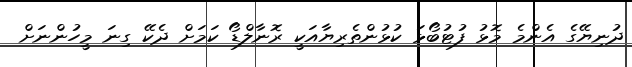
ދުނިޔޭގެ އެންމެ މޮޅު ފުޓުބޯޅަ ކުޅުންތެރިޔާއަކީ ރޮނާލްޑޯ ކަމަށް ދެކޭ ގިނަ މީހުންނަށް